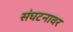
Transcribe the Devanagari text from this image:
संघटनावर